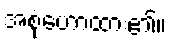
အစုံဟောထား၏။